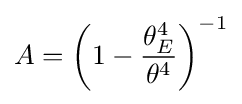
A=\left(1-{\theta _{E}^{4} \over \theta ^{4}}\right)^{-1}